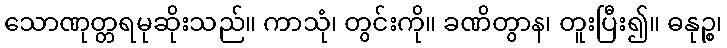
သောဏုတ္တရမုဆိုးသည်။ ကာသုံ၊ တွင်းကို။ ခဏိတွာန၊ တူးပြီး၍။ ဓနုဉ္စ၊